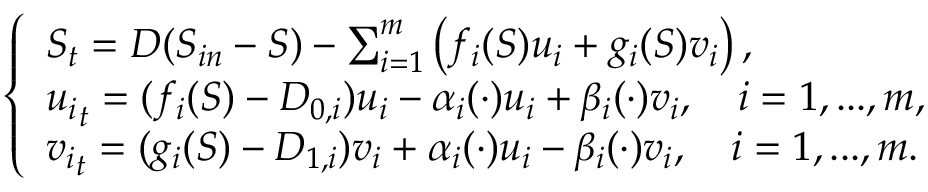
\left\{ \begin{array} { l } { S _ { t } = D ( S _ { i n } - S ) - \sum _ { i = 1 } ^ { m } \left( f _ { i } ( S ) u _ { i } + g _ { i } ( S ) v _ { i } \right) , } \\ { { u _ { i } } _ { t } = ( f _ { i } ( S ) - D _ { 0 , i } ) u _ { i } - \alpha _ { i } ( \cdot ) u _ { i } + \beta _ { i } ( \cdot ) v _ { i } , \quad i = 1 , . . . , m , } \\ { { v _ { i } } _ { t } = ( g _ { i } ( S ) - D _ { 1 , i } ) v _ { i } + \alpha _ { i } ( \cdot ) u _ { i } - \beta _ { i } ( \cdot ) v _ { i } , \quad i = 1 , . . . , m . } \end{array} \right.